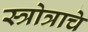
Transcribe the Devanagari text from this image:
स्त्रोत्राचे